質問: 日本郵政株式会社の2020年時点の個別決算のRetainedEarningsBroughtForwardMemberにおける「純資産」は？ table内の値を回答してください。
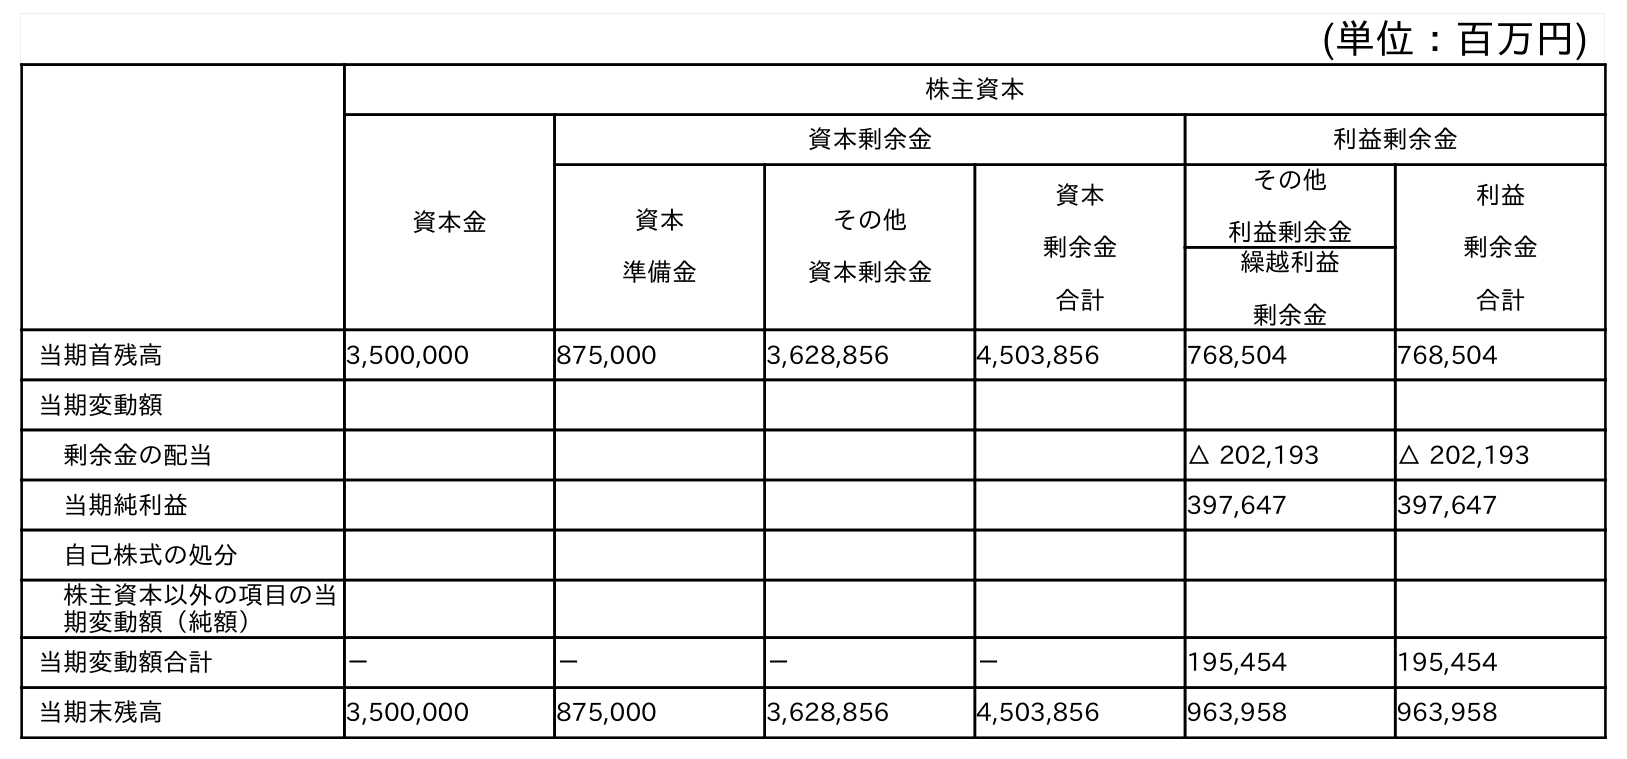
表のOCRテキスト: (単位：百万円) 株主資本 資本金 資本剰余金 利益剰余金 資本 準備金 その他 資本剰余金 資本 剰余金 合計 その他 利益剰余金 利益 剰余金 合計 繰越利益 剰余金 当期首残高 3,500,000 875,000 3,628,856 4,503,856 768,504 768,504 当期変動額 剰余金の配当 △ 202,193 △ 202,193 当期純利益 397,647 397,647 自己株式の処分 株主資本以外の項目の当 期変動額（純額） 当期変動額合計 － － － － 195,454 195,454 当期末残高 3,500,000 875,000 3,628,856 4,503,856 963,958 963,958
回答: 963,958